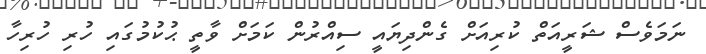
ނަމަވެސް ޝަރީއަތް ކުރިއަށް ގެންދިޔައީ ސިއްރުން ކަމަށް ވާތީ ޙުކުމުގައި ހުރި ހުރިހާ